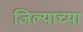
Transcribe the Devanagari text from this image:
जिल्याच्या